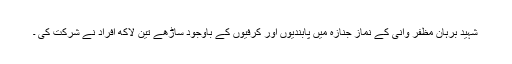
شہید برہان مظفر وانی کے نماز جنازہ میں پابندیوں اور کرفیوں کے باوجود ساڑھے تین لاکھ افراد نے شرکت کی ۔